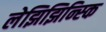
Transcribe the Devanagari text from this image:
लेझिझिन्स्कि